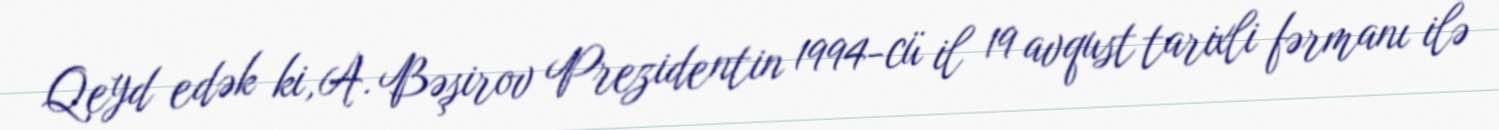
Qeyd edək ki, A. Bəşirov Prezidentin 1994-cü il 19 avqust tarixli fərmanı ilə